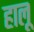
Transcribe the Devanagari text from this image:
हालू